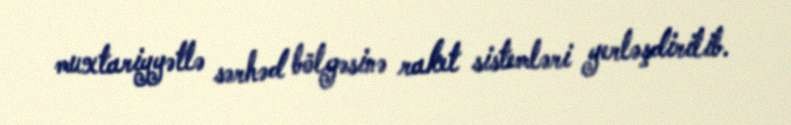
muxtariyyətlə sərhəd bölgəsinə raket sistemləri yerləşdirilib.